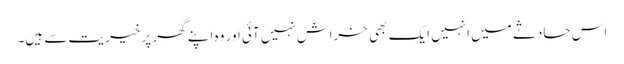
اس حادثے میں انہیں ایک بھی خراش نہیں آئی اور وہ اپنے گھر پر خیریت سے ہیں۔